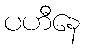
ပဟီနေ